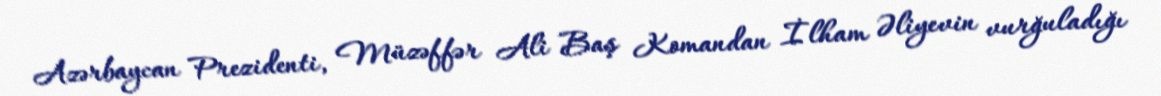
Azərbaycan Prezidenti, Müzəffər Ali Baş Komandan İlham Əliyevin vurğuladığı